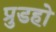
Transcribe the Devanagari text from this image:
प्रुडहो